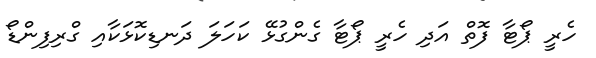
ހެރީ ޕޯޓާ ފޮތް އަދި ހެރީ ޕޯޓާ ގެންގުޅޭ ކަހަލަ ދަނޑިކޮޅަކާއި ގްރިފިންޑޯ